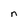
Character: n